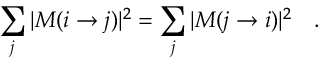
\sum _ { j } | { \cal M } ( i \rightarrow j ) | ^ { 2 } = \sum _ { j } | { \cal M } ( j \rightarrow i ) | ^ { 2 } \quad .